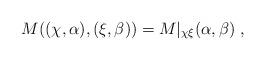
LaTeX: \begin{align*}M((\chi,\alpha),(\xi,\beta)) = M\rvert_{\chi\xi}(\alpha,\beta)\;,\end{align*}